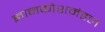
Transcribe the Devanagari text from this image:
ज्ञानकोशमंडल